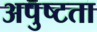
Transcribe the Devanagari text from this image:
अपुष्टता